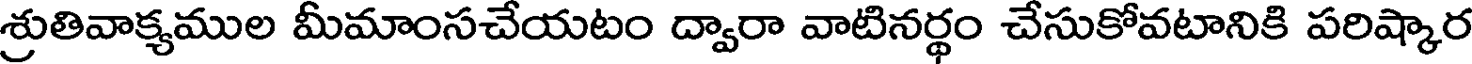
శ్రుతివాక్యముల మీమాంసచేయటం ద్వారా వాటినర్థం చేసుకోవటానికి పరిష్కార